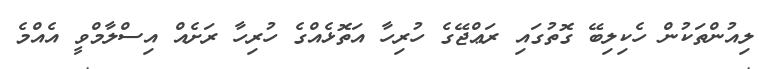
ލިއުންތަކުން ހެކިލިބޭ ގޮތުގައި ރަޢްޖޭގެ ހުރިހާ އަތޮޅެއްގެ ހުރިހާ ރަށެއް އިސްލާމްވީ އެއްމެ